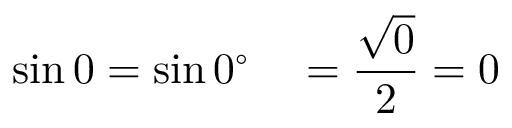
\sin 0 = \sin 0 ^ { \circ } \quad = { \frac { \sqrt { 0 } } { 2 } } = 0